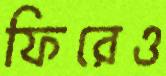
ফিরেও